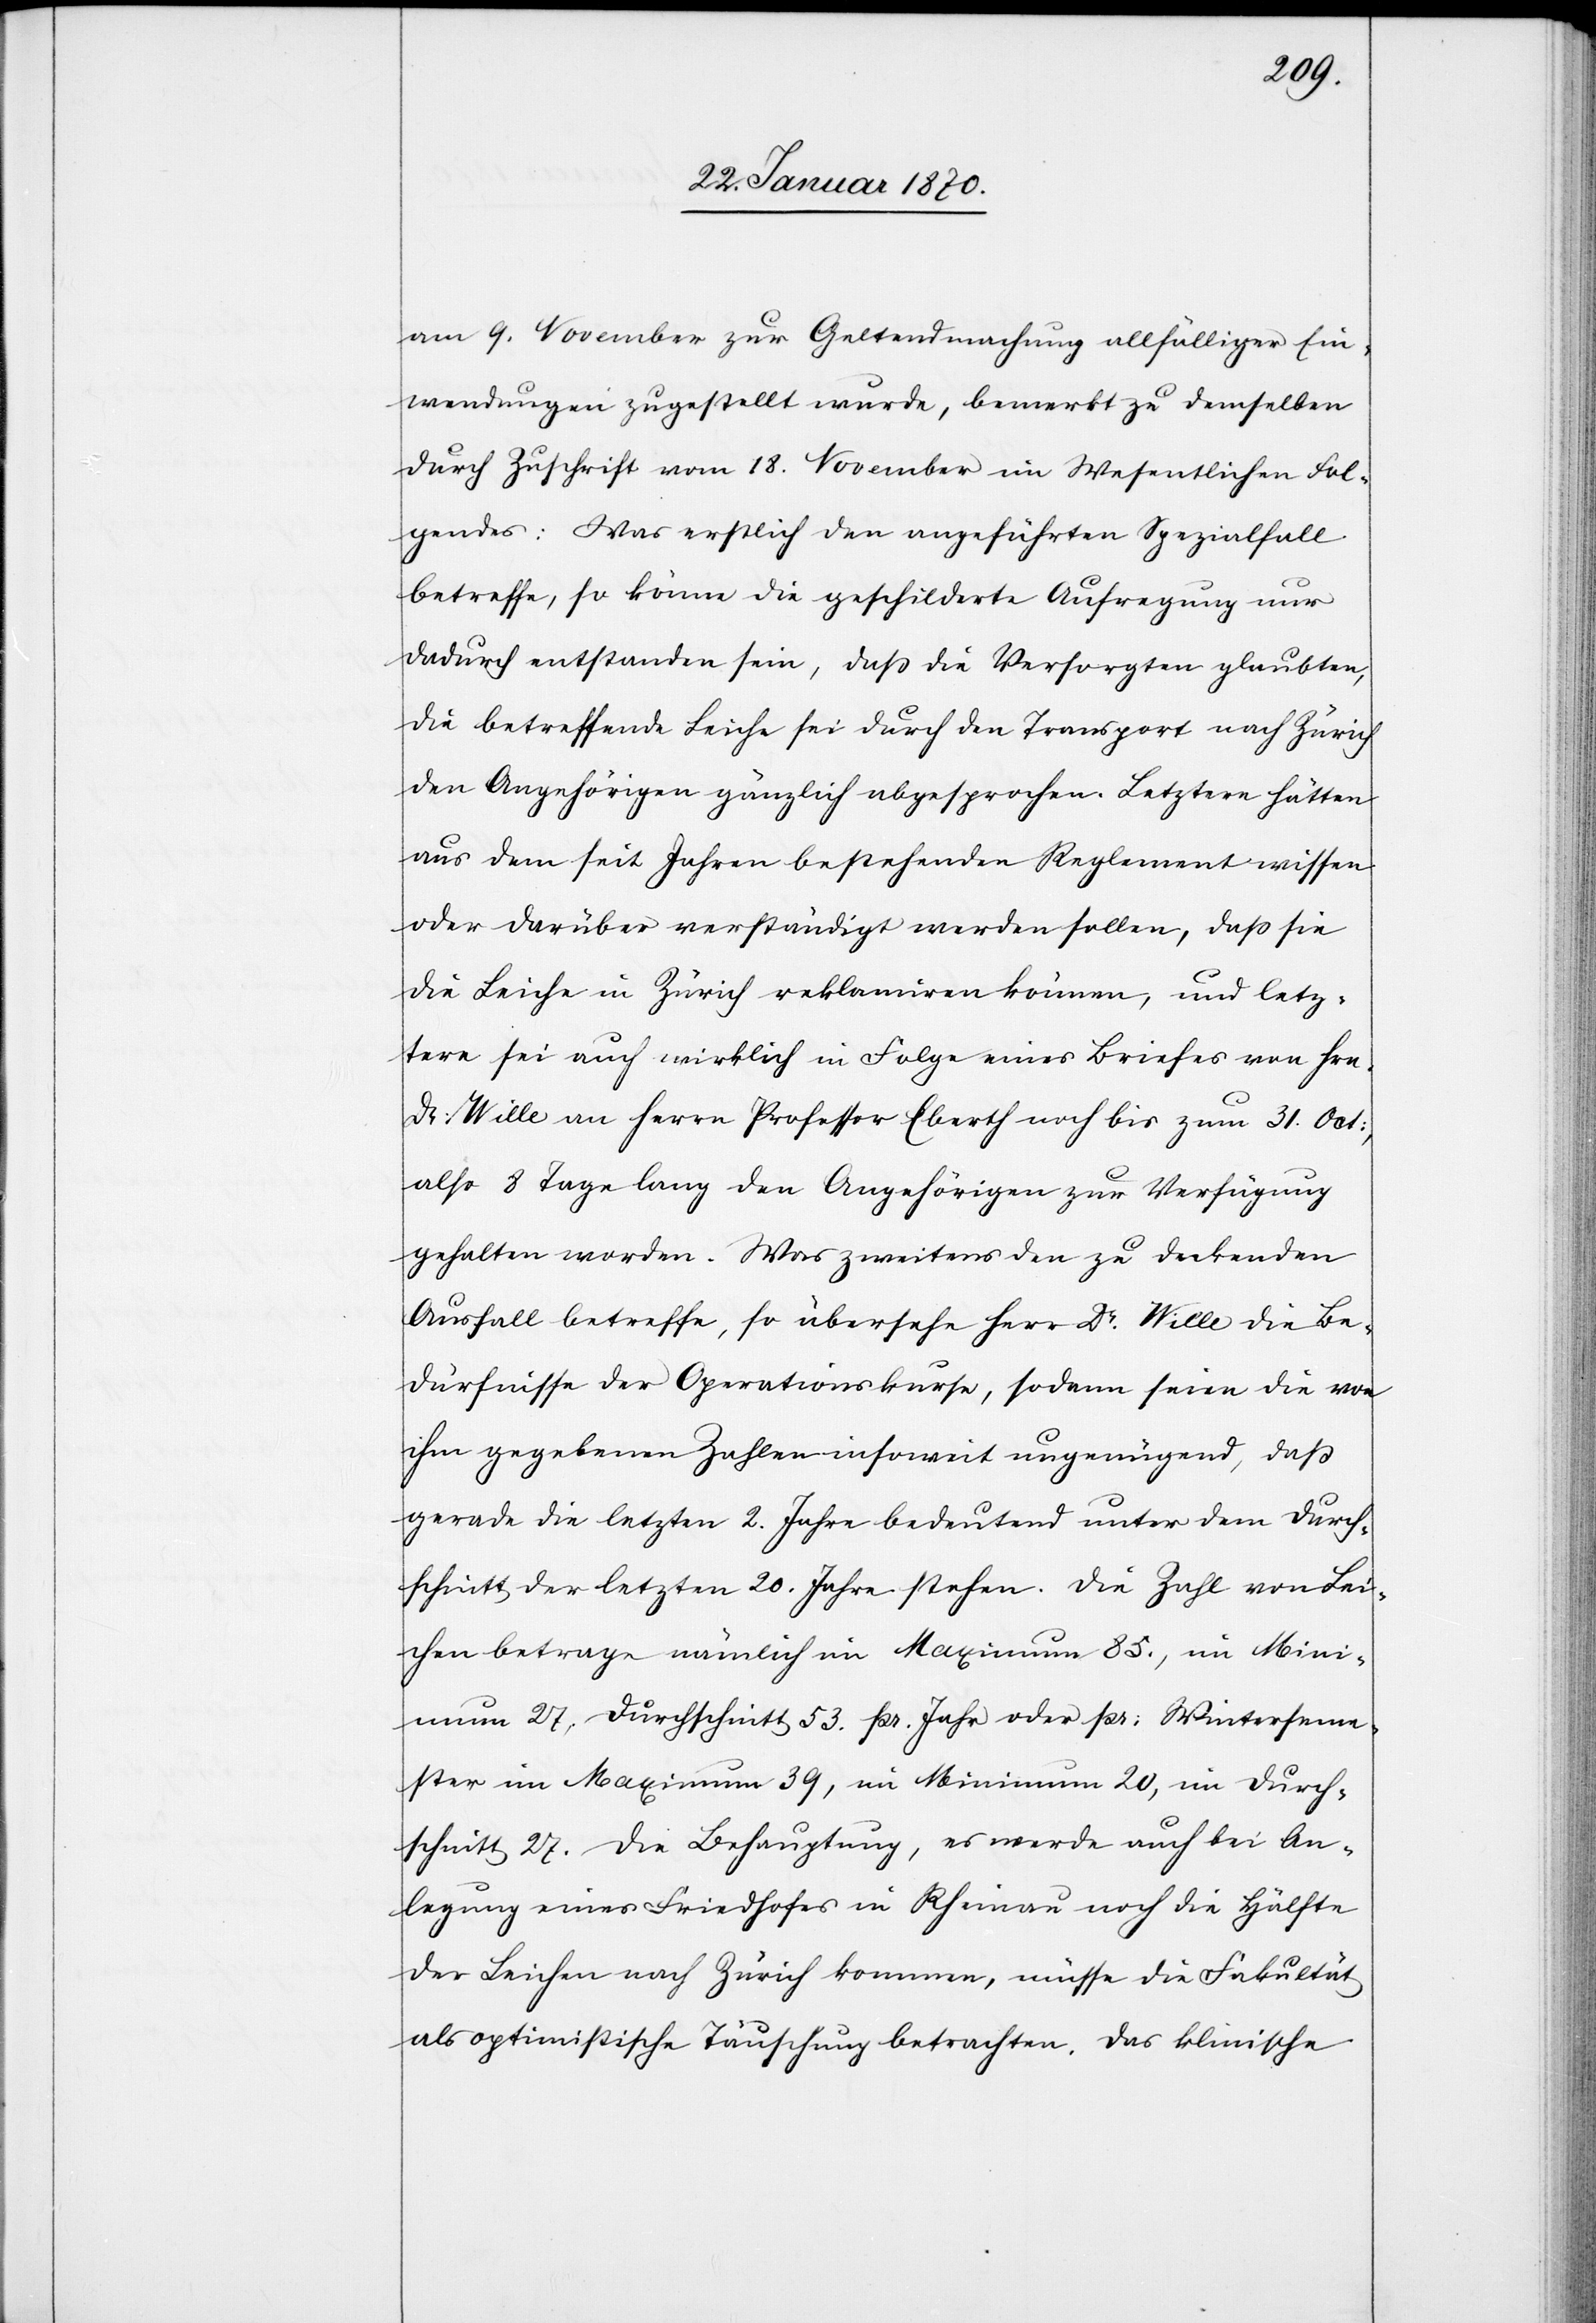
am 9. November zur Geltendmachung allfälliger Ein¬
wendungen zugestellt wurde, bemerkt zu demselben
durch Zuschrift vom 18. November im Wesentlichen Fol¬
gendes: Was erstlich den angeführten Spezialfall
betreffe, so könne die geschilderte Aufregung nur
dadurch entstanden sein, daß die Versorgten glaubten,
die betreffende Leiche sei durch den Transport nach Zürich
den Angehörigen gänzlich abgesprochen. Letztere hätten
aus dem seit Jahren bestehenden Reglement wissen
oder darüber verständigt werden sollen, daß sie
die Leiche in Zürich reklamiren können, und letz¬
tere sei auch wirklich in Folge eines Briefes von Hrn.
Dr. Wille an Herrn Professor Eberth noch bis zum 31. Oct:,
also 8 Tage lang den Angehörigen zur Verfügung
gehalten worden. Was zweitens den zu deckenden
Ausfall betreffe, so übersehe Herr Dr. Wille die Be¬
dürfnisse der Operationskurse, sodann seien die von
ihm gegebenen Zahlen insoweit ungenügend, daß
gerade die letzten 2. Jahre bedeutend unter dem Durch¬
schnitt der letzten 20. Jahre stehen. Die Zahl von Lei¬
chen betrage nämlich im Maximum 85., im Mini¬
mum 27, Durchschnitt 53 pr. Jahr oder pr: Winterseme¬
ster im Maximum 39, im Minimum 20, im Durch¬
schnitt 27. Die Behauptung, es werde auch bei An¬
legung eines Friedhofes in Rheinau noch die Hälfte
der Leichen nach Zürich kommen, müsse die Fakultät
als optimistische Täuschung betrachten. Das klinische